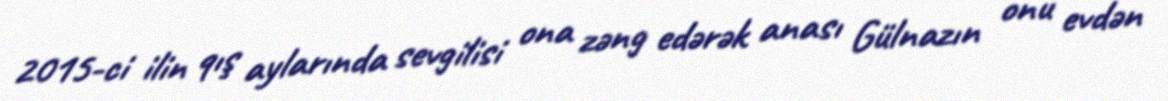
2015-ci ilin qış aylarında sevgilisi ona zəng edərək anası Gülnazın onu evdən